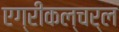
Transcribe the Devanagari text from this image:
एग्रीकल्चर्ल